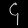
Digit: ၄